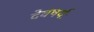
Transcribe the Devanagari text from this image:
देवषर्यः